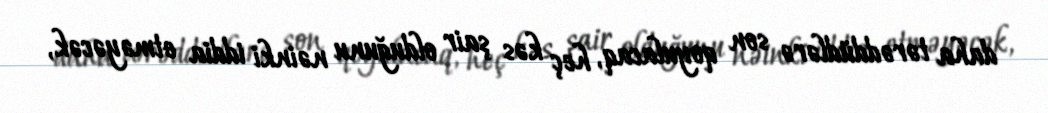
daha tərəddüdlərə son qoyulacaq, heç kəs şair olduğunu nəinki iddia etməyəcək,